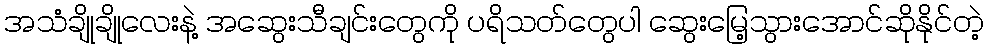
အသံချိုချိုလေးနဲ့ အဆွေးသီချင်းတွေကို ပရိသတ်တွေပါ ဆွေးမြေ့သွားအောင်ဆိုနိုင်တဲ့